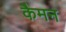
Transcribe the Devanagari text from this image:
कैमन